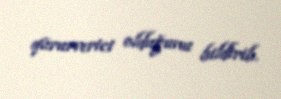
qürurverici olduğunu bildirib.